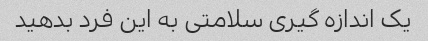
یک اندازه گیری سلامتی به این فرد بدهید